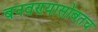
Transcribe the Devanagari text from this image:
बनवण्यासोबतच